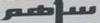
ساهم